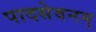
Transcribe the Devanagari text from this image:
पादसेवनम्